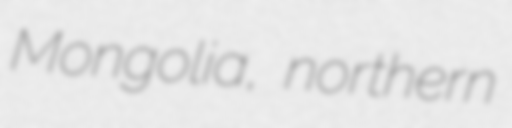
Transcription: Mongolia, northern